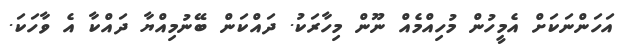
އަހަންނަކަށް އެމީހުން މުހިއްމެއް ނޫން މިހާރަކު. ދައްކަން ބޭނުމިއްޔާ ދައްކާ އެ ވާހަކަ.